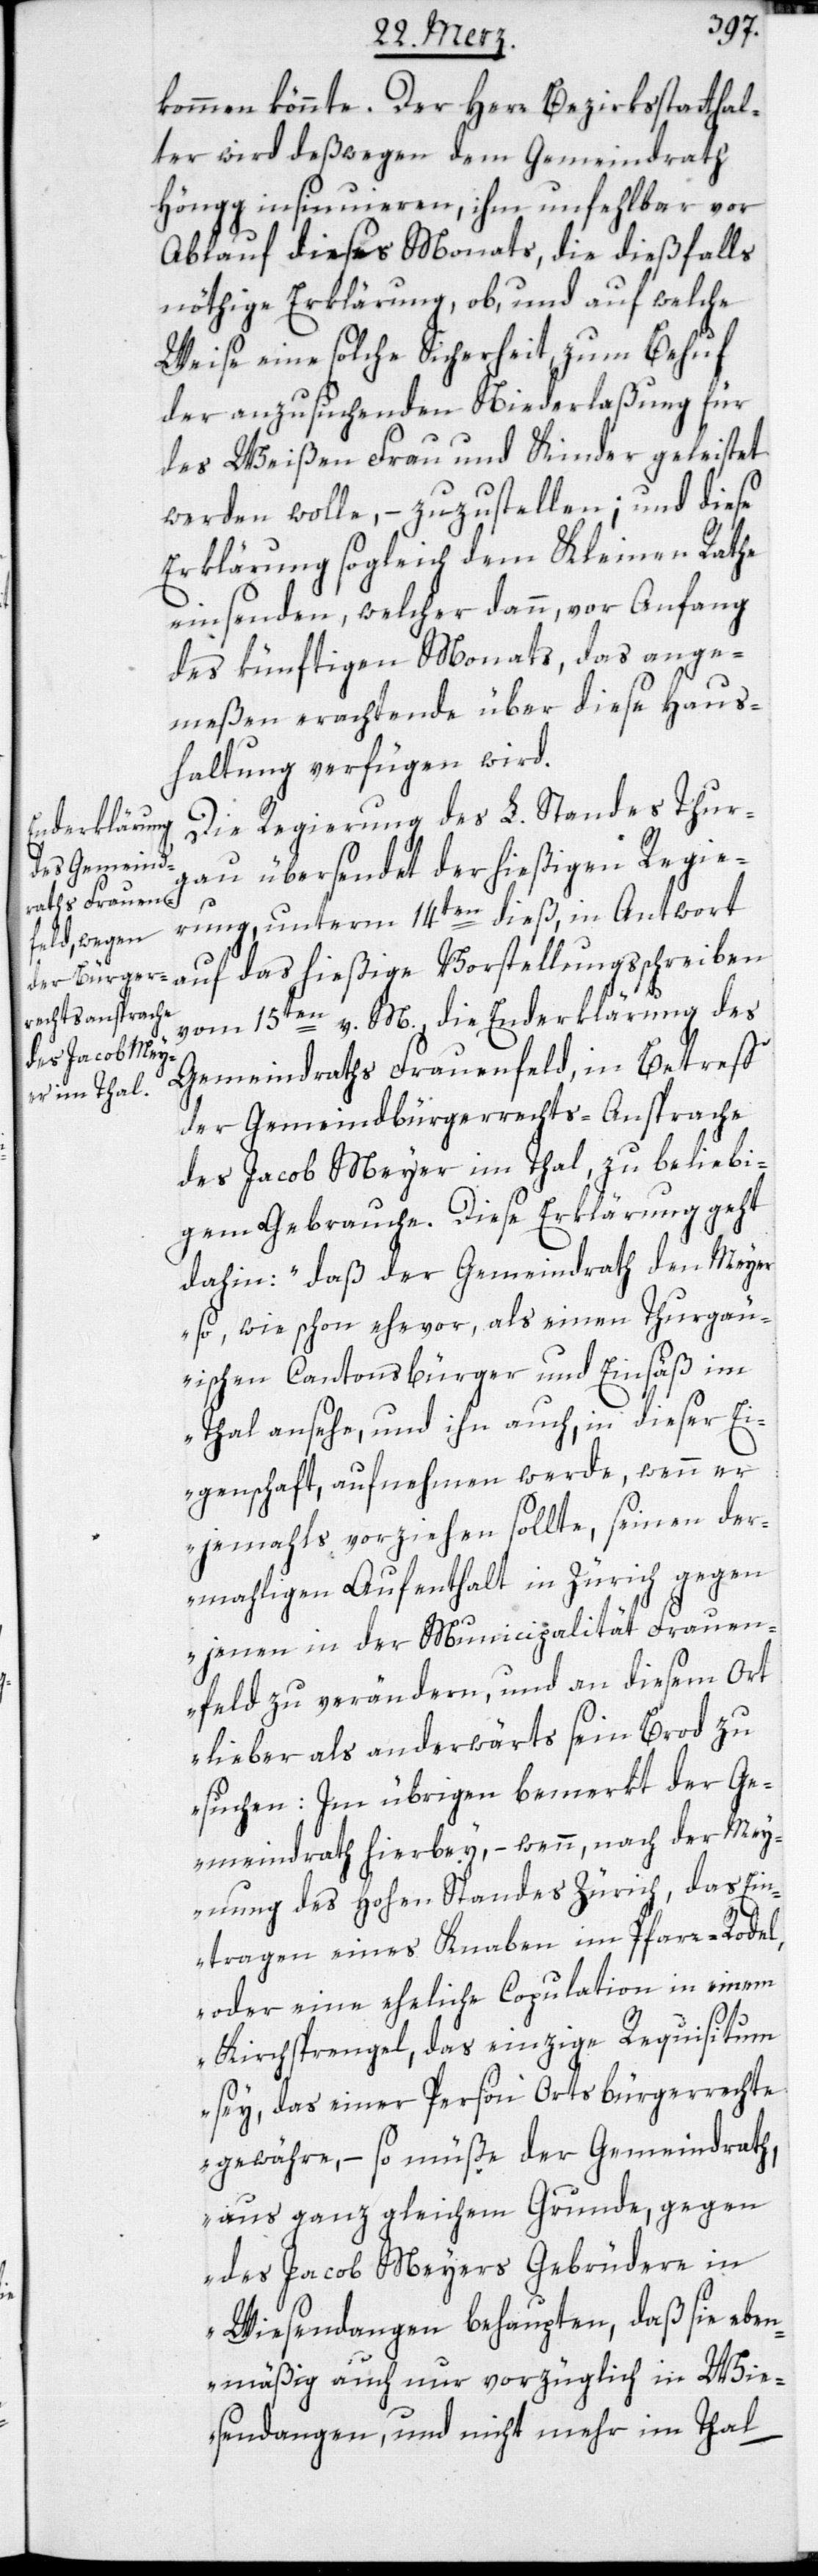
kommen könnte. Der Herr Bezirksstatthal¬
ter wird deßwegen dem Gemeindrath
Höngg insinuieren, ihm unfehlbar vor
Ablauf dieses Monats, die dießfalls
nöthige Erklärung, ob und auf welche
Weise eine solche Sicherheit zum Behuf
der anzusuchenden Niederlaßung für
des Weißen Frau und Kinder geleistet
werden wolle, – zuzustellen; und diese
Erklärung sogleich dem Kleinen Rathe
einsenden, welcher dann, vor Anfang
des künftigen Monats, das ange¬
meßen Erachtende über diese Haus¬
haltung verfügen wird.
Die Regierung des L. Standes Thur¬
gau übersendet der hießigen Regie¬
rung unterm 14ten dieß, in Antwort
vom 15ten v. M., die Enderklärung des
Gemeindraths Frauenfeld, in Betreff
der Gemeindbürgerrechts-Ansprache
des Jacob Meyer im Thal, zu beliebi¬
gem Gebrauche. Diese Erklärung geht
dahin: „daß der Gemeindrath den Meyer
so, wie schon ehevor, als einen Thurgäu¬
ischen Cantonsbürger und Einsäß im
Thal ansehe, und ihn auch, in dieser Ei¬
genschaft aufnehmen werde, wenn er
jemahls vorziehen sollte, seinen der¬
mahligen Aufenthalt in Zürich gegen
jenen in der Municipalität Frauen¬
feld zu verändern, und an diesem Ort
lieber als anderwärts sein Brod zu
suchen: Im übrigen bemerkt der Ge¬
meindrath hierbey, – wenn, nach der Mey¬
nung des Hohen Standes Zürich, das Ein¬
tragen eines Knaben im Pfarr-Rodel,
oder eine eheliche Copulation in einem
Kirchsprengel, das einzige Requisitum
sey, das einer Person Ortsbürgerrechte
gewähre, – so müße der Gemeindrath,
aus ganz gleichem Grunde, gegen
des Jacob Meyers Gebrüdere in
Wiesendangen behaupten, daß sie eben¬
mäßig auch nur vorzüglich in Wie¬
sendangen, und nicht mehr im Thal